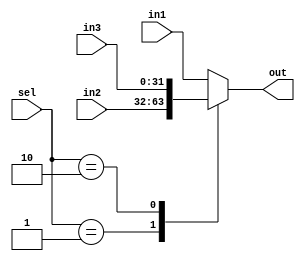
module mux_4x1 #(parameter length=32 )(
input [length-1:0]in1,in2,in3,
input [1:0] sel,
output reg [length-1:0]out 
);

always @(*) begin
case (sel)
2'b00: out = in1;
2'b01: out = in2;
2'b10: out = in3;   
default: out = in1;
endcase    
end
endmodule